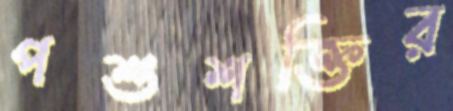
পশুশক্তির